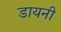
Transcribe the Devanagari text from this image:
डायनी